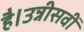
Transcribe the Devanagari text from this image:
है।उन्नीसवीं